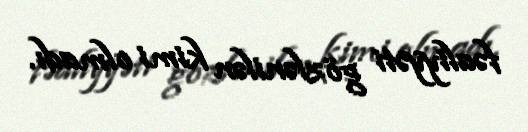
fəaliyyəti gözlənilən kimi olmadı.